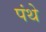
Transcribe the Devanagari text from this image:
पंथे